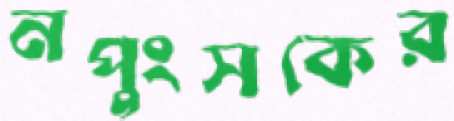
নপুংসকের